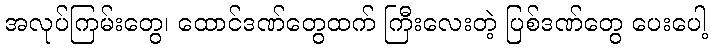
အလုပ်ကြမ်းတွေ၊ ထောင်ဒဏ်တွေထက် ကြီးလေးတဲ့ ပြစ်ဒဏ်တွေ ပေးပေါ့